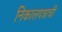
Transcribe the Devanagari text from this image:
निकालपत्राची